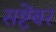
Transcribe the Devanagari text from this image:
सष्टेंबर